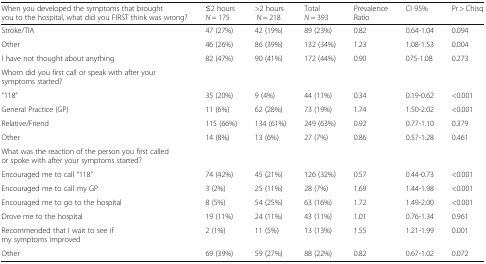
<table><thead><tr><td><b>When you developed the symptoms that brought you to the hospital, what did you FIRST think was wrong?</b></td><td><b>≤2 hours <i>N</i> = 175</b></td><td><b>&gt;2 hours <i>N</i> = 218</b></td><td><b>Total <i>N</i> = 393</b></td><td><b>Prevalence Ratio</b></td><td><b>CI 95%</b></td><td><b>Pr &gt; Chisq</b></td></tr></thead><tbody><tr><td>Stroke/TIA</td><td>47 (27%)</td><td>42 (19%)</td><td>89 (23%)</td><td>0.82</td><td>0.64-1.04</td><td>0.094</td></tr><tr><td>Other</td><td>46 (26%)</td><td>86 (39%)</td><td>132 (34%)</td><td>1.23</td><td>1.08-1.53</td><td>0.004</td></tr><tr><td>I have not thought about anything</td><td>82 (47%)</td><td>90 (41%)</td><td>172 (44%)</td><td>0.90</td><td>075-1.08</td><td>0.273</td></tr><tr><td>Whom did you first call or speak with after your symptoms started?</td><td></td><td></td><td></td><td></td><td></td><td></td></tr><tr><td>“118”</td><td>35 (20%)</td><td>9 (4%)</td><td>44 (11%)</td><td>0.34</td><td>0.19-0.62</td><td>&lt;0.001</td></tr><tr><td>General Practice (GP)</td><td>11 (6%)</td><td>62 (28%)</td><td>73 (19%)</td><td>1.74</td><td>1.50-2.02</td><td>&lt;0.001</td></tr><tr><td>Relative/Friend</td><td>115 (66%)</td><td>134 (61%)</td><td>249 (63%)</td><td>0.92</td><td>0.77-1.10</td><td>0.379</td></tr><tr><td>Other</td><td>14 (8%)</td><td>13 (6%)</td><td>27 (7%)</td><td>0.86</td><td>0.57-1.28</td><td>0.461</td></tr><tr><td>What was the reaction of the person you first called or spoke with after your symptoms started?</td><td></td><td></td><td></td><td></td><td></td><td></td></tr><tr><td>Encouraged me to call “118”</td><td>74 (42%)</td><td>45 (21%)</td><td>126 (32%)</td><td>0.57</td><td>0.44-0.73</td><td>&lt;0.001</td></tr><tr><td>Encouraged me to call my GP</td><td>3 (2%)</td><td>25 (11%)</td><td>28 (7%)</td><td>1.69</td><td>1.44-1.98</td><td>&lt;0.001</td></tr><tr><td>Encouraged me to go to the hospital</td><td>8 (5%)</td><td>54 (25%)</td><td>63 (16%)</td><td>1.72</td><td>1.49-2.00</td><td>&lt;0.001</td></tr><tr><td>Drove me to the hospital</td><td>19 (11%)</td><td>24 (11%)</td><td>43 (11%)</td><td>1.01</td><td>0.76-1.34</td><td>0.961</td></tr><tr><td>Recommended that I wait to see if my symptoms improved</td><td>2 (1%)</td><td>11 (5%)</td><td>13 (13%)</td><td>1.55</td><td>1.21-1.99</td><td>0.001</td></tr><tr><td>Other</td><td>69 (39%)</td><td>59 (27%)</td><td>88 (22%)</td><td>0.82</td><td>0.67-1.02</td><td>0.072</td></tr></tbody></table>